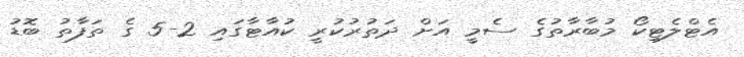
އެޓްލެޓިކޯ މުބާރާތުގެ ސެމީ އަށް ދަތުރުކުރީ ކުއާޓާގައި 2-5 ގެ ތަފާތު ބޮޑު